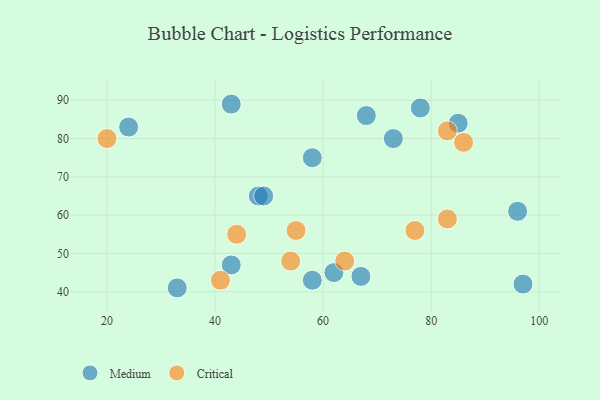
{"axis": {"x": "GDP", "y": "Life Expectancy"}, "legend": ["Critical", "Medium"], "data": [{"x": "96", "y": 61, "type": "Medium"}, {"x": "33", "y": 41, "type": "Medium"}, {"x": "78", "y": 88, "type": "Medium"}, {"x": "43", "y": 89, "type": "Medium"}, {"x": "68", "y": 86, "type": "Medium"}, {"x": "48", "y": 65, "type": "Medium"}, {"x": "58", "y": 43, "type": "Medium"}, {"x": "62", "y": 45, "type": "Medium"}, {"x": "67", "y": 44, "type": "Medium"}, {"x": "24", "y": 83, "type": "Medium"}, {"x": "43", "y": 47, "type": "Medium"}, {"x": "97", "y": 42, "type": "Medium"}, {"x": "73", "y": 80, "type": "Medium"}, {"x": "85", "y": 84, "type": "Medium"}, {"x": "49", "y": 65, "type": "Medium"}, {"x": "58", "y": 75, "type": "Medium"}, {"x": "54", "y": 48, "type": "Critical"}, {"x": "41", "y": 43, "type": "Critical"}, {"x": "86", "y": 79, "type": "Critical"}, {"x": "83", "y": 82, "type": "Critical"}, {"x": "55", "y": 56, "type": "Critical"}, {"x": "44", "y": 55, "type": "Critical"}, {"x": "77", "y": 56, "type": "Critical"}, {"x": "64", "y": 48, "type": "Critical"}, {"x": "20", "y": 80, "type": "Critical"}, {"x": "83", "y": 59, "type": "Critical"}]}